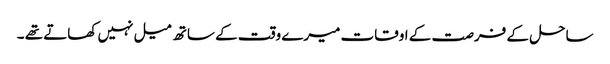
ساحل کے فرصت کے اوقات میرے وقت کے ساتھ میل نہیں کھاتے تھے ۔